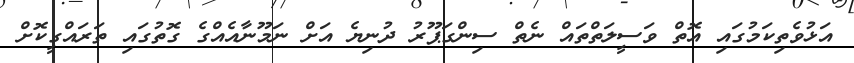
އަޅުވެތިކަމުގައި އޮތް ވަސީލަތްތައް ނެތް ސިންގަޕޫރު ދުނިޔެ އަށް ނަމޫނާއެއްގެ ގޮތުގައި ތަރައްގީކޮށް